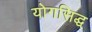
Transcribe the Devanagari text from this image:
योगसिद्ध